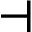
\dashv